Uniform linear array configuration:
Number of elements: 64
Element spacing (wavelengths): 0.75
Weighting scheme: blackman
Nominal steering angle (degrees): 60
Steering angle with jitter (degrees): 58.251
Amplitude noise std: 0.05
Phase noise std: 0.05

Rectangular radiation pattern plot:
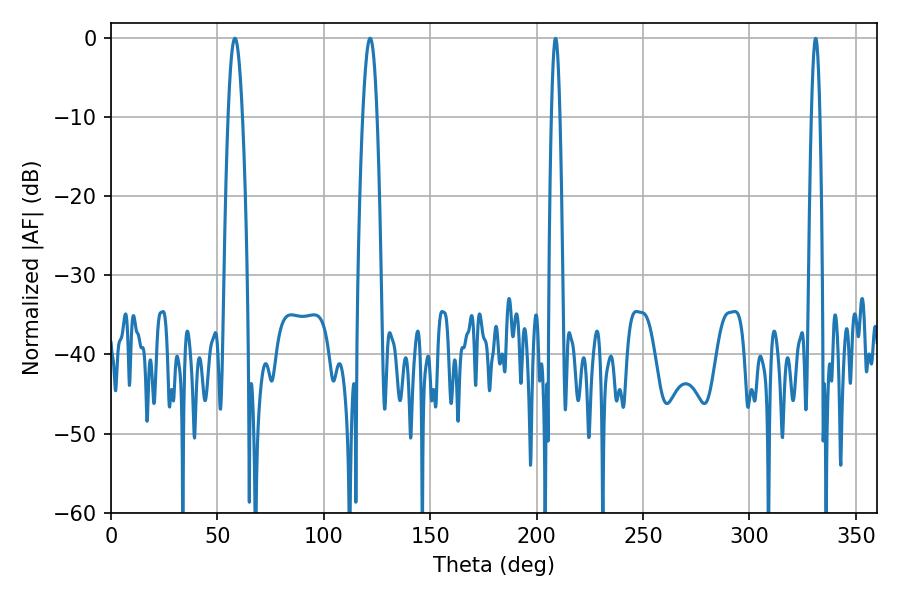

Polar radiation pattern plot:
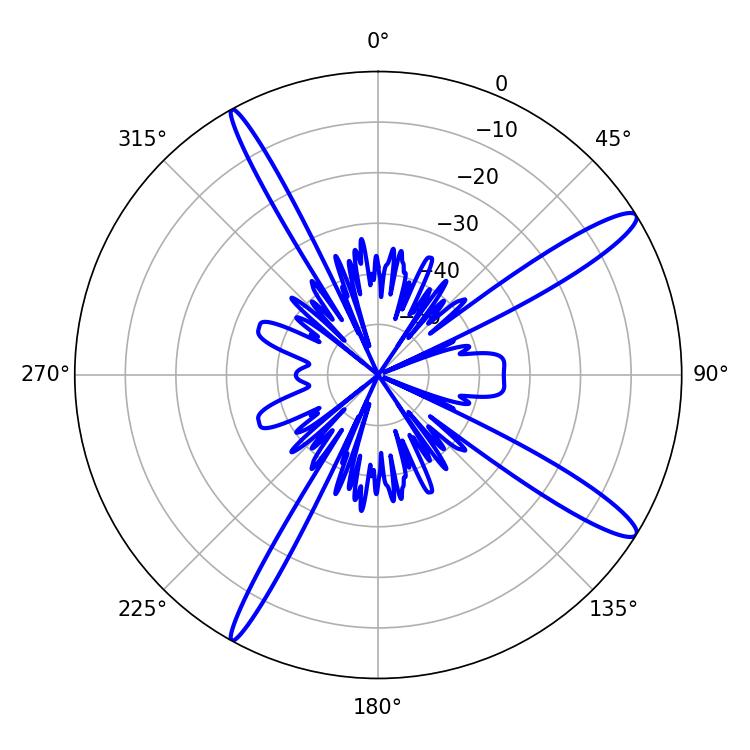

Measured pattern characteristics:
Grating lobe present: TRUE
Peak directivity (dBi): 14.048
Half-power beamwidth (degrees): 3.6
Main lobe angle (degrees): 121.68